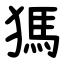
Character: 獁